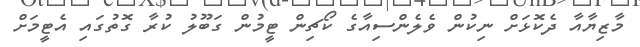
މާޒިޔާއާ ދެކޮޅަށް ނިކުން ވެލެންސިއާގެ ކޯޗިން ޓީމުން ގަބޫލު ކުރާ ގޮތުގައި އެޓީމަށް